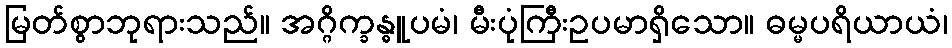
မြတ်စွာဘုရားသည်။ အဂ္ဂိက္ခန္ဓူပမံ၊ မီးပုံကြီးဥပမာရှိသော။ ဓမ္မပရိယာယံ၊